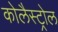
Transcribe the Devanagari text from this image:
कोलैस्ट्रोल